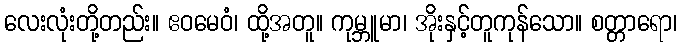
လေးလုံးတို့တည်း။ ဧဝမေဝံ၊ ထို့အတူ။ ကုမ္ဘူမာ၊ အိုးနှင့်တူကုန်သော။ စတ္တာရော၊